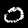
Digit: 0